Indian journal of veterinary science and animal husbandry - Volume 5,
Year: 1935
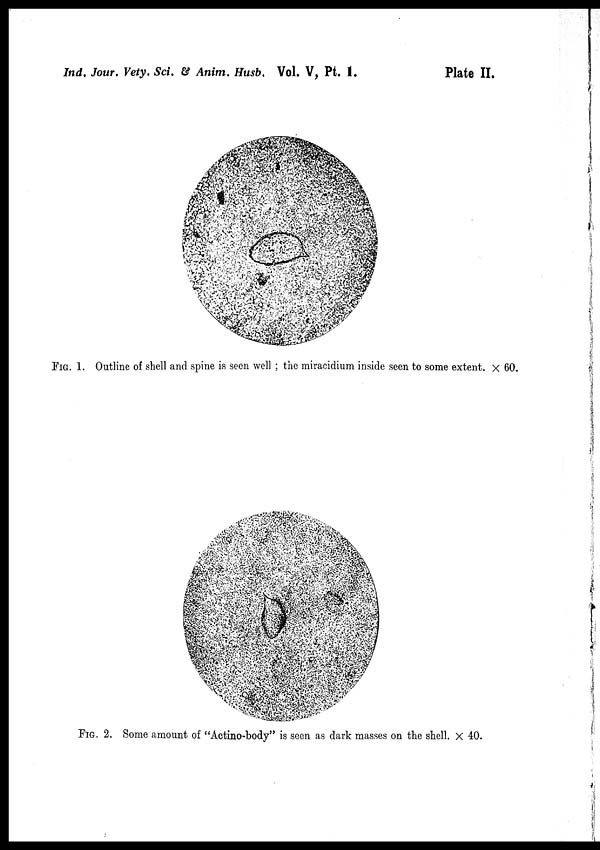
Ind, Jour, Vety. Sci. & Anim. Husb, Vol. V, Pt. 1.
Plate II.
FIG. 1. Outline of shell and spine is seen well ; the miracidium inside seen to some extent × 60
FIG. 2. Some amount of "Actino-body" is seen as dark masses on the shell. × 40.